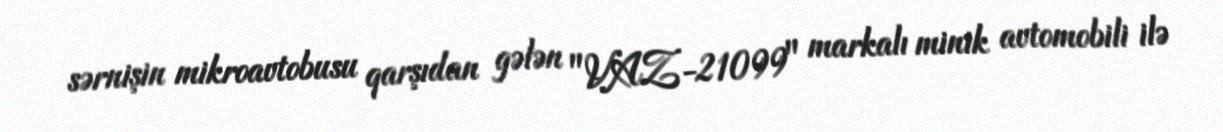
sərnişin mikroavtobusu qarşıdan gələn "VAZ-21099" markalı minik avtomobili ilə